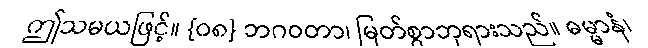
ဤသမယဖြင့်။ {၀၈} ဘဂဝတာ၊ မြတ်စွာဘုရားသည်။ ဓမ္မာနံ၊